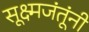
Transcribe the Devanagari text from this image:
सूक्ष्मजंतूंनी